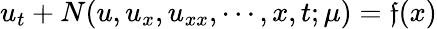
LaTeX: u_{t}+N(u,u_{x},u_{xx},\cdots,x,t;\mu)=\mathfrak{f}(x)